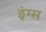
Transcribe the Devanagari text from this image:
इंग्स